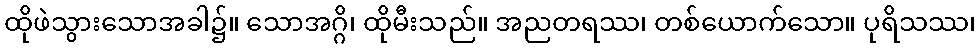
ထိုဖဲသွားသောအခါ၌။ သောအဂ္ဂိ၊ ထိုမီးသည်။ အညတရဿ၊ တစ်ယောက်သော။ ပုရိသဿ၊